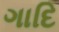
ગાદિ